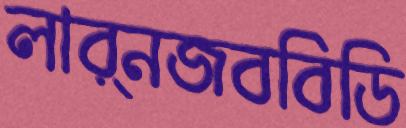
লার্নজববিডি